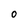
Character: 0